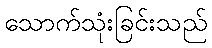
သောက်သုံးခြင်းသည်